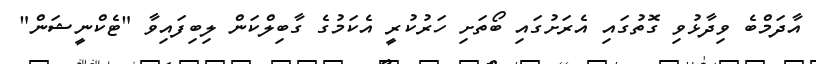
އާދަމްބެ ވިދާޅުވި ގޮތުގައި އެރަށުގައި ބޯތަށި ހަރުކުރީ އެކަމުގެ ގާބިލްކަން ލިބިފައިވާ "ޓެކްނީޝަން"